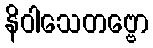
နိဝါသေတဗ္ဗော